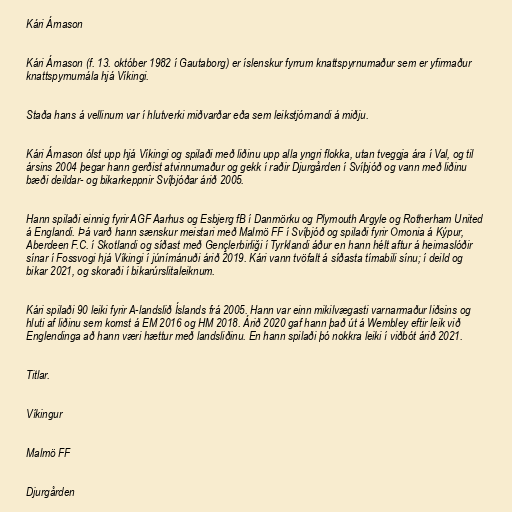
Kári Árnason

Kári Árnason (f. 13. október 1982 í Gautaborg) er íslenskur fyrrum knattspyrnumaður sem er yfirmaður
knattspyrnumála hjá Víkingi.

Staða hans á vellinum var í hlutverki miðvarðar eða sem leikstjórnandi á miðju.

Kári Árnason ólst upp hjá Víkingi og spilaði með liðinu upp alla yngri flokka, utan tveggja ára í Val, og til
ársins 2004 þegar hann gerðist atvinnumaður og gekk í raðir Djurgården í Svíþjóð og vann með liðinu
bæði deildar- og bikarkeppnir Svíþjóðar árið 2005.

Hann spilaði einnig fyrir AGF Aarhus og Esbjerg fB í Danmörku og Plymouth Argyle og Rotherham United
á Englandi. Þá varð hann sænskur meistari með Malmö FF í Svíþjóð og spilaði fyrir Omonia á Kýpur,
Aberdeen F.C. í Skotlandi og síðast með Gençlerbirliği í Tyrklandi áður en hann hélt aftur á heimaslóðir
sínar í Fossvogi hjá Víkingi í júnímánuði árið 2019. Kári vann tvöfalt á síðasta tímabili sínu; í deild og
bikar 2021, og skoraði í bikarúrslitaleiknum.

Kári spilaði 90 leiki fyrir A-landslið Íslands frá 2005. Hann var einn mikilvægasti varnarmaður liðsins og
hluti af liðinu sem komst á EM 2016 og HM 2018. Árið 2020 gaf hann það út á Wembley eftir leik við
Englendinga að hann væri hættur með landsliðinu. En hann spilaði þó nokkra leiki í viðbót árið 2021.

Titlar.

Víkingur

Malmö FF

Djurgården